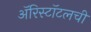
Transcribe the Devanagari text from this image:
अॅरिस्टॉटलची